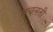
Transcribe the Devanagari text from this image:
मचलती